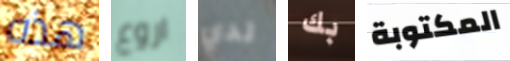
هذه اروع لدي بك المكتوبة